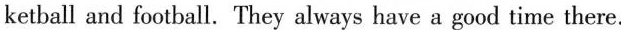
ketball and football. They always have a good time there.